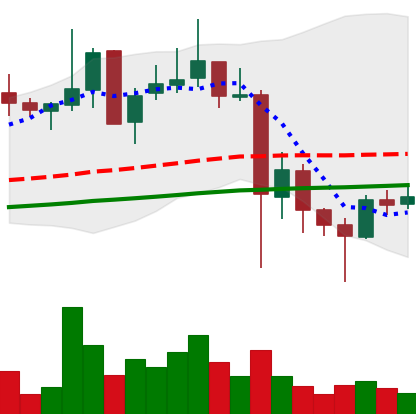
Ticker: XLM-USD
Chart end date: 2021-05-26
Forward return: -9.28%
Label: down_7plus